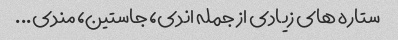
ستاره های زیادی از جمله اندی، جاستین، مندی...